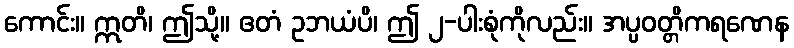
ကောင်း။ ဣတိ၊ ဤသို့။ ဧတံ ဥဘယံပိ၊ ဤ ၂-ပါးစုံကိုလည်း။ အပ္ပဝတ္တိကရဏေန